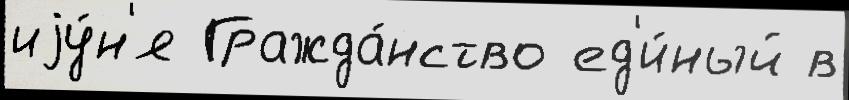
иjу́н'я Гражда́нство ед'и́ный в